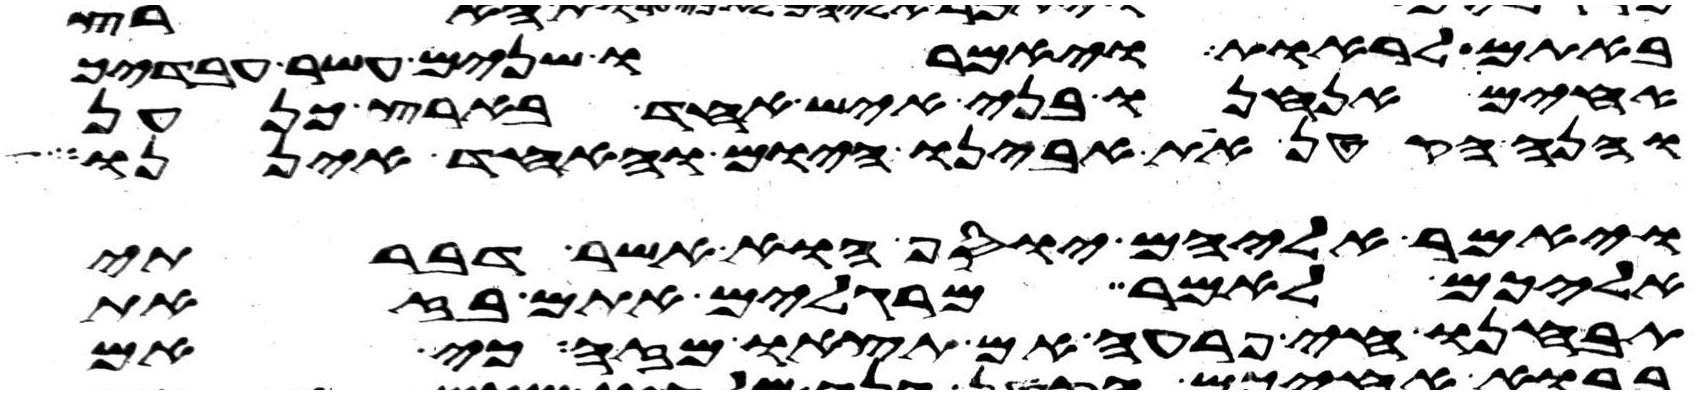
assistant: באתם לראות ויאמרו שנים עשר עבדיך
אחים אנחנו בני איש אחד בארץ כנען
והנה הקטן את אבינו היום והאחד איננו
ויאמר אליהם יוסף הוא אשר דברתי
אליכם לאמר מרגלים אתם בזאת
תבחנו חי פרעה אם תצאו מזה כי אם